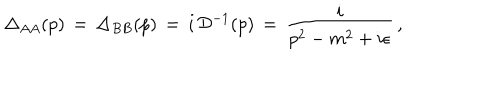
LaTeX: \Delta _ { A A } ( p ) \, = \, \Delta _ { B B } ( p ) \, = \, i \, { \cal D } ^ { - 1 } ( p ) \, = \, \frac { i } { p ^ { 2 } - m ^ { 2 } + i \epsilon } \, ,